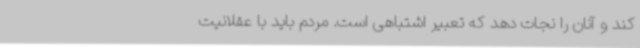
کند و آنان را نجات دهد که تعبیر اشتباهی است. مردم باید با عقلانیت